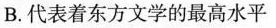
B.代表着东方文学的最高水平